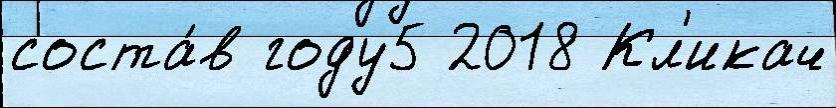
соста́в году5 2018 Кл'икач